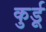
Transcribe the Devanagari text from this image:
कुर्डू